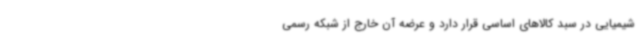
شیمیایی در سبد کالاهای اساسی قرار دارد و عرضه آن خارج از شبکه رسمی